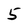
Character: 5